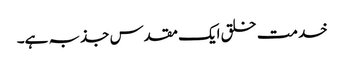
خدمت خلق ایک مقدس جذبہ ہے۔